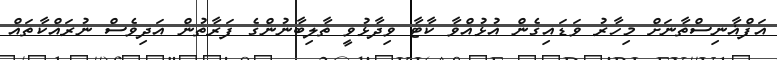
އަފްޣާނިސްތާނަށް މިހާރު ވަޑައިގެން އުޅުއްވާ ކާޓާ ވިދާޅުވީ ތާލިބާނުންގެ ފަރާތުން އަދިވެސް ނުރައްކާތައް